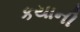
કયાની